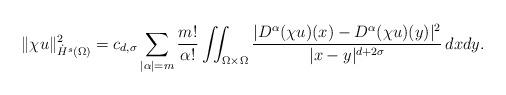
LaTeX: \begin{align*}&\|\chi u\|^2_{\dot H^s(\Omega)} = c_{d,\sigma}\sum\limits_{|\alpha|=m} \dfrac{m!}{\alpha!} \iint_{\Omega\times \Omega} \dfrac{|D^\alpha (\chi u) (x) -D^\alpha (\chi u) (y)|^2}{|x-y|^{d+2\sigma}}\,dxdy.\end{align*}